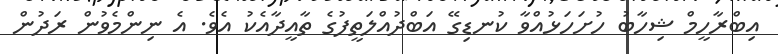
އިބްރާހީމް ޝިހާބު ހުށަހަޅުއްވާ ކުނޑިގޭ އަބްދުއްލަތީފުގެ ތާއީދާއެކު އެވެ. އެ ނިންމެވުން ރަދުން